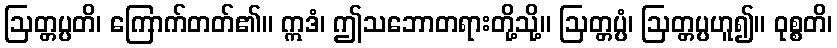
ဩတ္တပ္ပတိ၊ ကြောက်တတ်၏။ ဣဒံ၊ ဤသဘောတရားတို့သို့။ ဩတ္တပ္ပံ၊ ဩတ္တပ္ပဟူ၍။ ဝုစ္စတိ၊